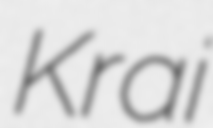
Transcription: Krai